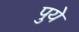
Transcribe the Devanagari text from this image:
पुये